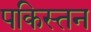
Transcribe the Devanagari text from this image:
पकिस्तन